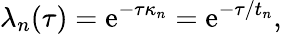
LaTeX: \lambda_{n}(\tau)=\operatorname{e}^{-\tau\kappa_{n}}=\operatorname{e}^{-\tau/t_{n}},